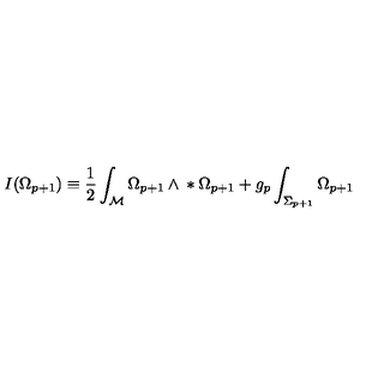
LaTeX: I ( \Omega _ { p + 1 } ) \equiv { } \frac { 1 } { 2 } \int _ { \cal { M } } \Omega _ { p + 1 } \wedge { } * \Omega _ { p + 1 } { } + g _ { p } \int _ { \Sigma _ { p + 1 } } \Omega _ { p + 1 }